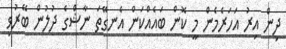
ދިން އިރު އަހަރެމެން މީ ކޮން ބައެއްކަން އެނގޭތަ ނާޝްގެ ދުލުން ބޭރުވި